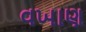
વખાણ